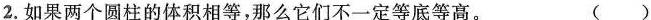
2.如果两个圆柱的体积相等，那么它们不一定等底等高。 ()